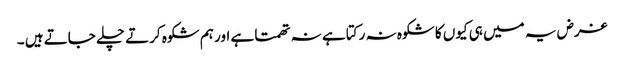
غرض یہ میں ہی کیوں کا شکوہ نہ رکتا ہے نہ تھمتا ہے اور ہم شکوہ کرتے چلے جاتے ہیں ۔